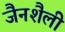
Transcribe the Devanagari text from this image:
जैनशैली